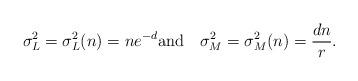
LaTeX: \begin{align*} \sigma_L^2=\sigma_L^2(n) = n e^{-d} \hbox{and\quad} \sigma_M^2 = \sigma_M^2(n) = \frac{dn}{r}.\end{align*}